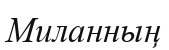
Миланның